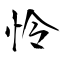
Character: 怜